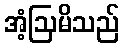
အံ့ဩမိသည်